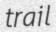
trail